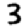
Digit: 3